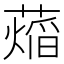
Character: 𬞨